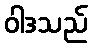
ဝါဒသည်